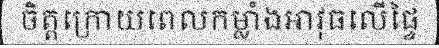
ចិត្តក្រោយពេលកម្លាំងអាវុធលើផ្ទៃ